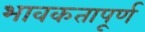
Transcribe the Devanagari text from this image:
भावकतापूर्ण